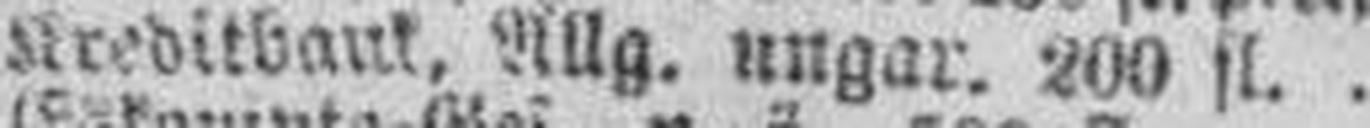
Kreditbank, Allg. ungar. 200 fl.